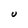
Character: U